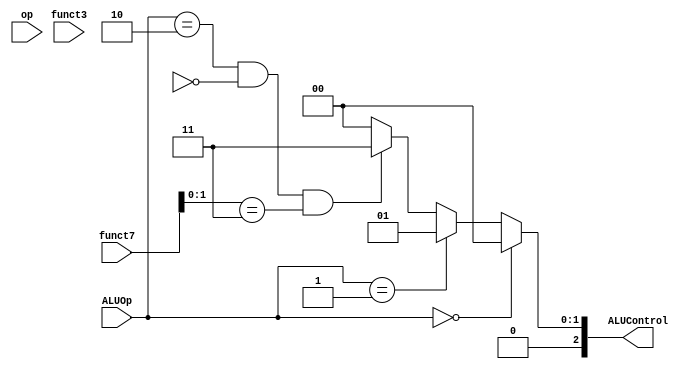
module alu_decoder(ALUOp,funct3,op,funct7,ALUControl);

input  [1:0] ALUOp;
input  [2:0] funct3;
input  [6:0] op,funct7;
output [2:0] ALUControl;   

wire [1:0] concatenation ;

assign concatenation = {op,funct7};


assign ALUControl = (ALUOp == 2'b00) ? 3'b000 :
                    (ALUOp == 2'b01) ? 3'b001 :
                    ((ALUOp  == 2'b10) & (func3 == 3'b010)) ? 3'b101 :
                    ((ALUOp  == 2'b10) & (func3 == 3'b110)) ? 3'b011 :
                    ((ALUOp  == 2'b10) & (func3 == 3'b111)) ? 3'b010 :
                    ((ALUOp  == 2'b10) & (func3 == 3'b000) & (concatenation == 2'b11)) ? 3'b011 :
                    ((ALUOp  == 2'b10) & (func3 == 3'b000) & (concatenation !== 2'b11)) ? 3'b000 : 3'b000 ;


endmodule